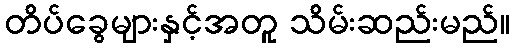
တိပ်ခွေများနှင့်အတူ သိမ်းဆည်းမည်။